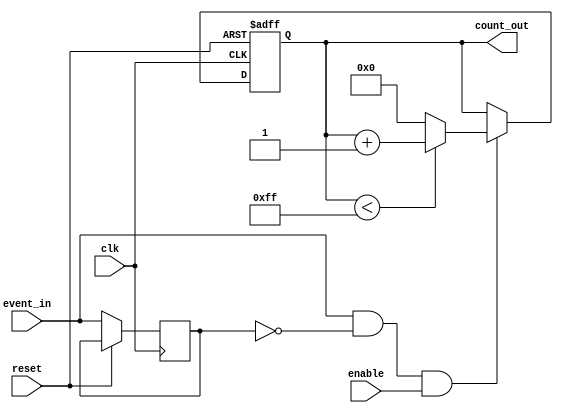
module event_triggered_counter #(
    parameter N = 8 // Parameter for the width of the counter
)(
    input wire clk,            // Clock signal
    input wire reset,          // Asynchronous reset signal
    input wire enable,         // Enable signal
    input wire event_in,       // Event input signal
    output reg [N-1:0] count_out // Count output
);

    reg event_in_d; // Delayed version of event_in for edge detection

    // Edge detection logic
    always @(posedge clk or posedge reset) begin
        if (reset) begin
            count_out <= 0; // Reset the counter to zero
        end else begin
            // Capture the current state of event_in
            event_in_d <= event_in;

            // Check for rising edge of event_in
            if (event_in && !event_in_d && enable) begin
                // Increment the counter if enabled
                if (count_out < (1 << N) - 1) begin
                    count_out <= count_out + 1; // Increment count
                end else begin
                    count_out <= 0; // Wrap around to zero
                end
            end
        end
    end

endmodule